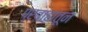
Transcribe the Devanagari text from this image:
प्रवाहांतून